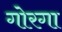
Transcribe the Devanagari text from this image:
गोरगा